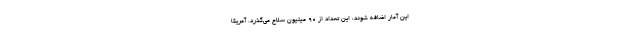
این آمار اضافه شوند، این تعداد از ۹۰ میلیون سلاح می‌گذرد. آمریکا